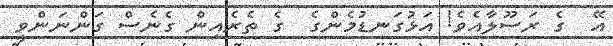
އޭ  ގެ ރަސޫލާއެވެ! އަޅުގަނޑުމެންގެ  ގެ ތެރެއިން ގެނެސް ގަންނަންވީ